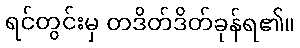
ရင်တွင်းမှ တဒိတ်ဒိတ်ခုန်ရ၏။